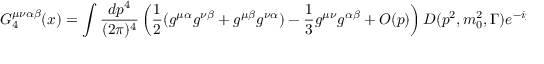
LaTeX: G _ { 4 } ^ { \mu \nu \alpha \beta } ( x ) = \int { \frac { d p ^ { 4 } } { ( 2 \pi ) ^ { 4 } } } \left( { \frac { 1 } { 2 } } ( g ^ { \mu \alpha } g ^ { \nu \beta } + g ^ { \mu \beta } g ^ { \nu \alpha } ) - { \frac { 1 } { 3 } } g ^ { \mu \nu } g ^ { \alpha \beta } + { \cal O } ( p ) \right) D ( p ^ { 2 } , m _ { 0 } ^ { 2 } , \Gamma ) e ^ { - i p ( x ) } ,